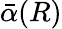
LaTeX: \bar{\alpha}(R)